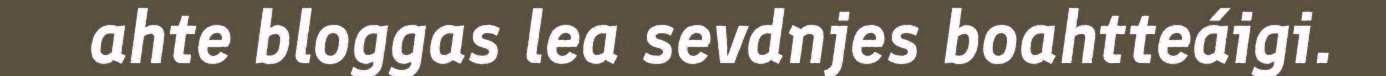
ahte bloggas lea sevdnjes boahtteáigi.